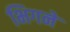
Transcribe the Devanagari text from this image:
भिगने